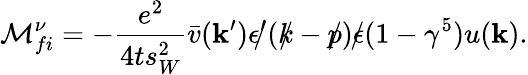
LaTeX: {\cal M}_{fi}^{\nu}=-\frac{e^{2}}{4ts_{W}^{2}}\bar{v}({\mathbf k}^{\prime})\epsilon^{\prime}\! \! \! /(k\! \! \! /-p\! \! \! /)\epsilon\! \! \! /(1-\gamma^{5})u({\mathbf k}).